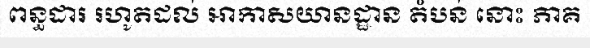
ពន្ធដារ រហូតដល់ អាកាសយានដ្ឋាន តំបន់ នោះ ភាគ